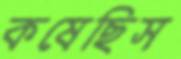
কষেছিস